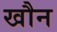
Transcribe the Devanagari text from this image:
खौन